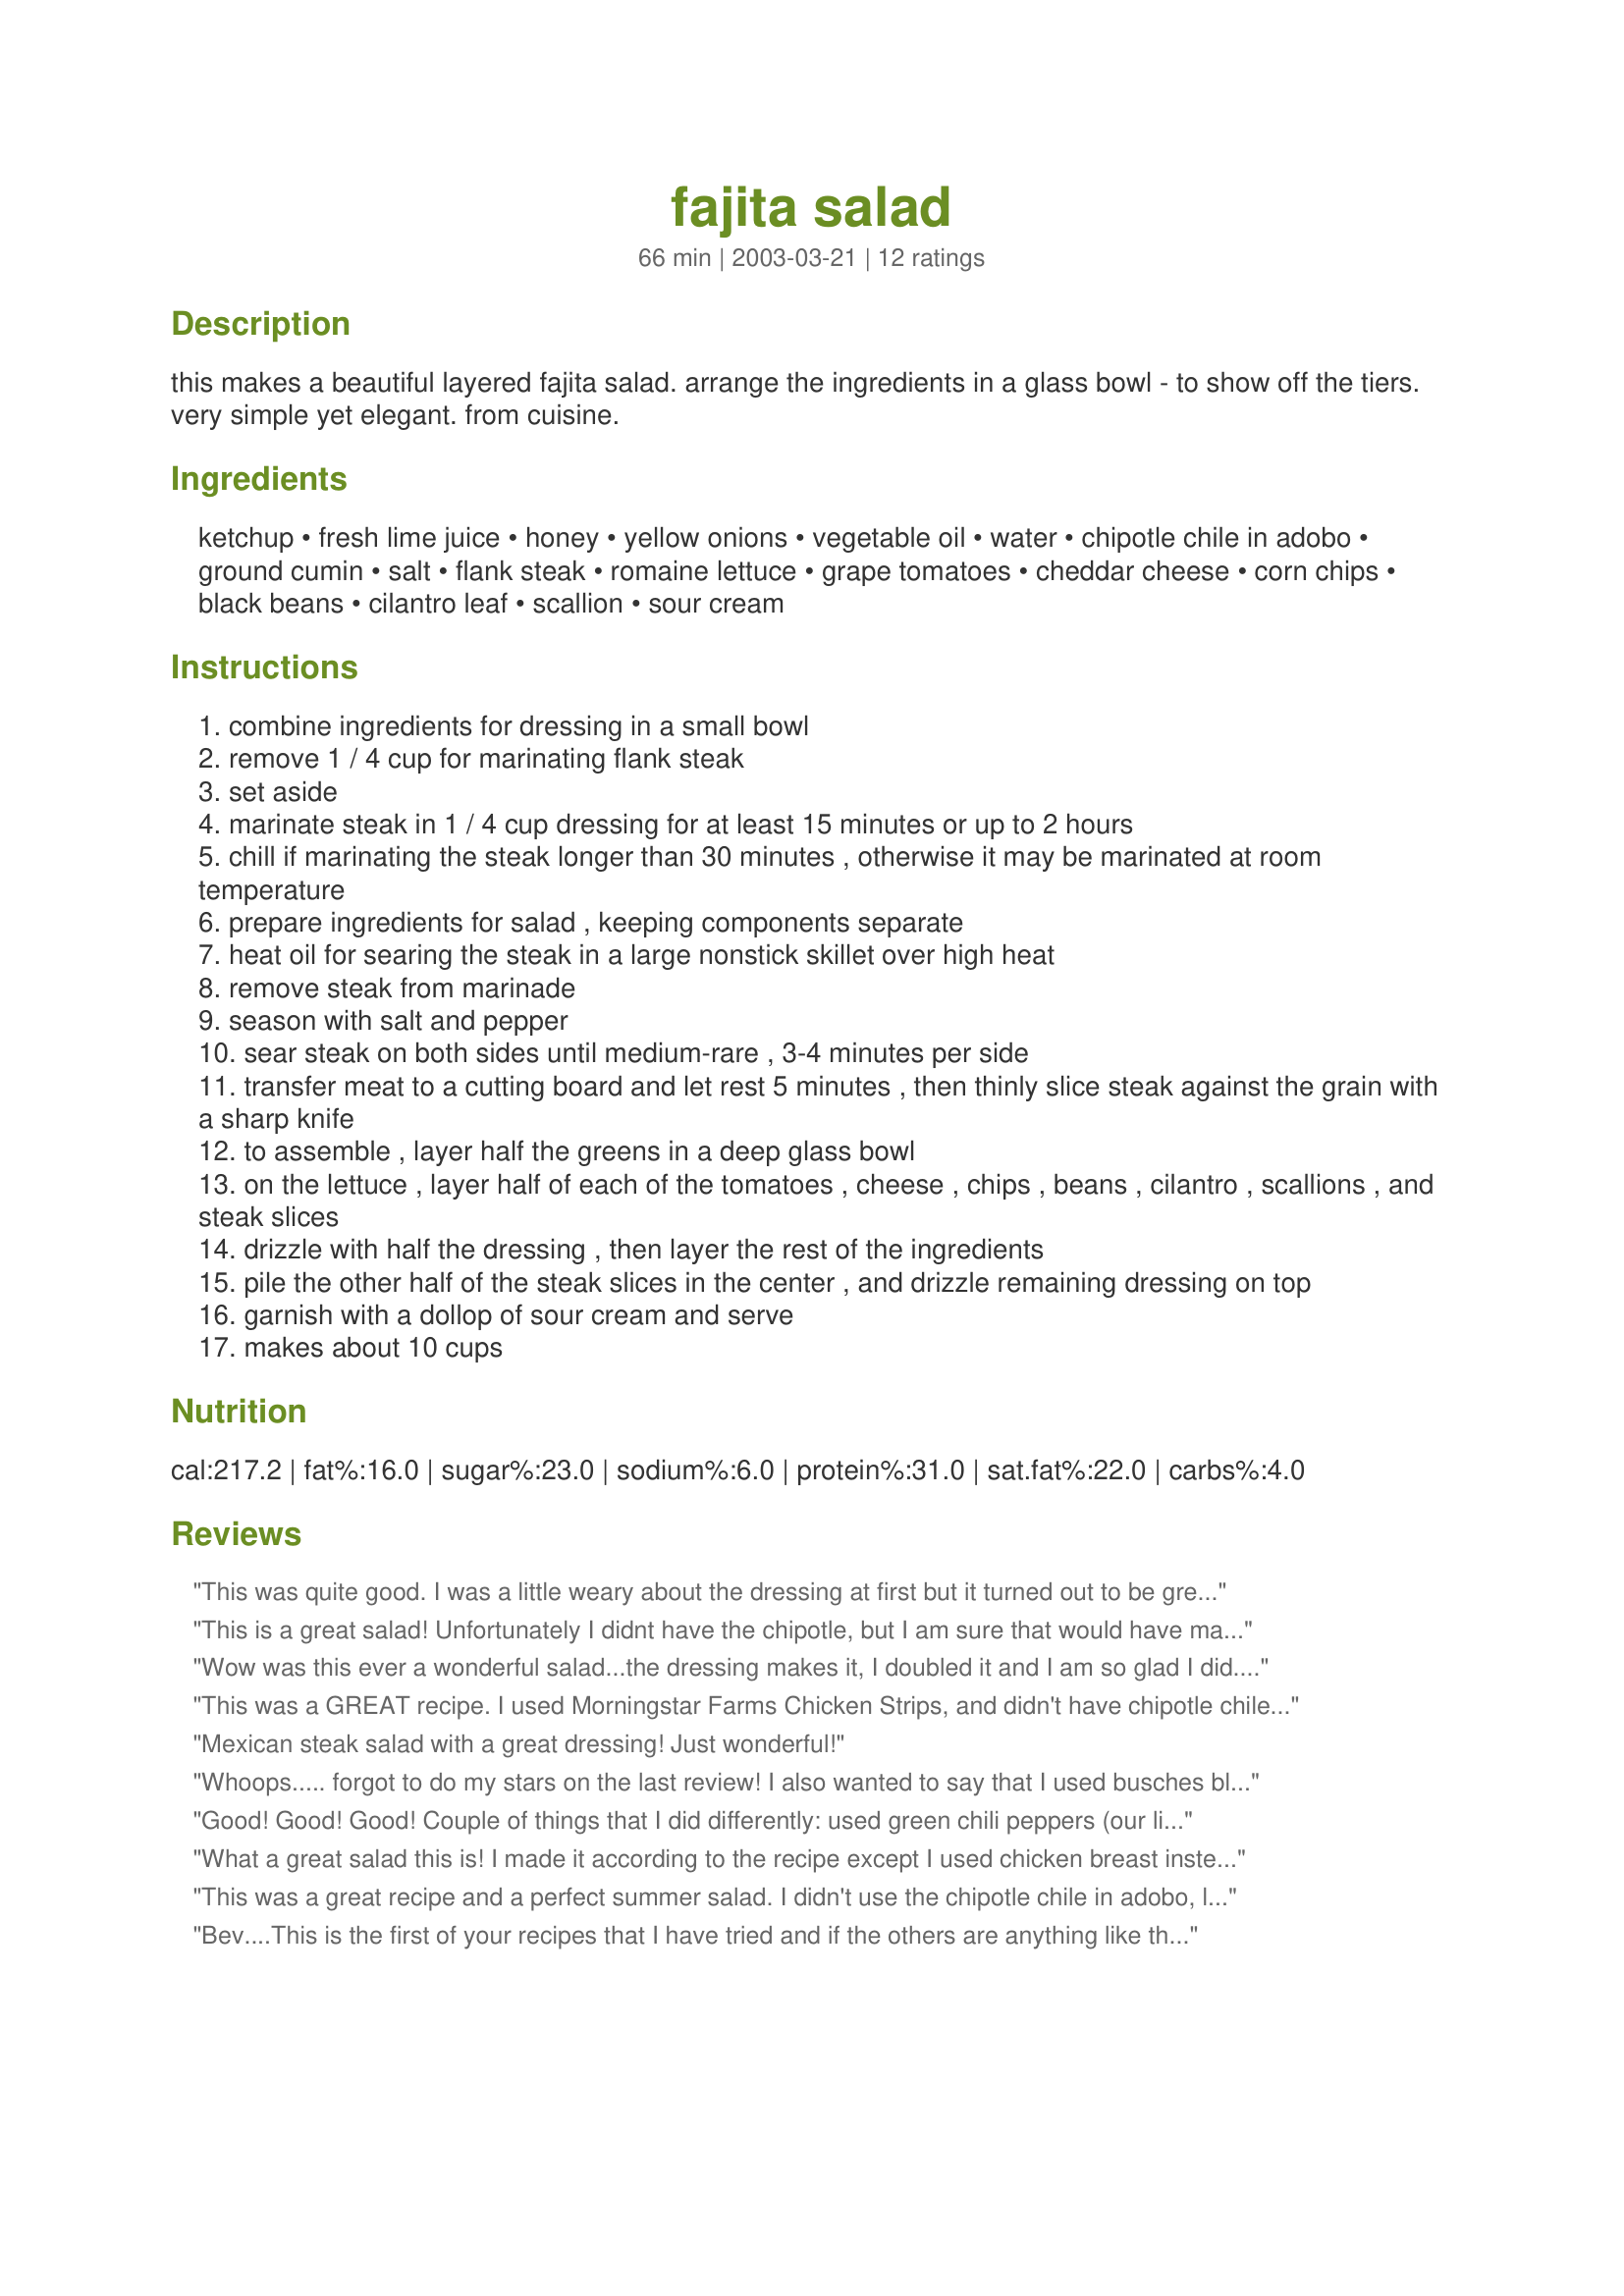
fajita salad
Preparation time: 66 minutes

this makes a beautiful layered fajita salad. arrange the ingredients in a glass bowl - to show off the tiers. very simple yet elegant. from cuisine.

Ingredients:
ketchup, fresh lime juice, honey, yellow onions, vegetable oil, water, chipotle chile in adobo, ground cumin, salt, flank steak, romaine lettuce, grape tomatoes, cheddar cheese, corn chips, black beans, cilantro leaf, scallion, sour cream

Steps:
combine ingredients for dressing in a small bowl
remove 1 / 4 cup for marinating flank steak
set aside
marinate steak in 1 / 4 cup dressing for at least 15 minutes or up to 2 hours
chill if marinating the steak longer than 30 minutes , otherwise it may be marinated at room temperature
prepare ingredients for salad , keeping components separate
heat oil for searing the steak in a large nonstick skillet over high heat
remove steak from marinade
season with salt and pepper
sear steak on both sides until medium-rare , 3-4 minutes per side
transfer meat to a cutting board and let rest 5 minutes , then thinly slice steak against the grain with a sharp knife
to assemble , layer half the greens in a deep glass bowl
on the lettuce , layer half of each of the tomatoes , cheese , chips , beans , cilantro , scallions , and steak slices
drizzle with half the dressing , then layer the rest of the ingredients
pile the other half of the steak slices in the center , and drizzle remaining dressing on top
garnish with a dollop of sour cream and serve
makes about 10 cups

Reviews:
This was quite good. I was a little weary about the dressing at first but it turned out to be great! I added avocado and corn to the salad. I will certainly make this salad again.
This is a great salad! Unfortunately I didnt have the chipotle, but I am sure that would have made it even more amazing. The dressing has great complex flavor, very good. I think it would be good with some chopped up avacado, maybe 1/2 can of corn. A big winner in our house!
Wow was this ever a wonderful salad...the dressing makes it, I doubled it and I am so glad I did. The only thing I changed is I used 1 tsp. diced up poblano pepper instead of chipotle and it still was out of this world....
This was a GREAT recipe. I used Morningstar Farms Chicken Strips, and didn't have chipotle chile so I used a chile mix I had from Penzey's, the Black and Red. It was EASY and fast, and my family loved it. We did add a teensy bit of garlic to the dressing, because we love garlic in everything.
Mexican steak salad with a great dressing! Just wonderful!
Whoops..... forgot to do my stars on the last review! I also wanted to say that I used busches black bean fiesta instead of regular black beans! I did drain most of the sauce that came with it though!
Good! Good! Good! Couple of things that I did differently: used green chili peppers (our little rural grocery doesn't carry such "exotic" things as chipotle chiles in adobo!!!), grape tomatoes aren't available yet, so I used a Roma, and diced it; used round steak instead of flank. Left out the black beans and served refried on the side, not cilantro lovers so left that out altogether. 

We have our own beehives and cattle, so we always enjoy food that capitalizes on our resources! 

We'll be making this one again--it really hit the spot---the lime-kick in the dressing really wakes up the tastebuds!

KEEPER!
What a great salad this is! I made it according to the recipe except I used chicken breast instead of steak and parsley instead of cilantro (personal preference). The dressing has such a great tangy flavor and all of the ingredients work so well together. Next time I think I will use more chipotle chilies in adobo (maybe 2 tsp.) because I love that taste. Thanks for posting this delicious recipe.
This was a great recipe and a perfect summer salad. I didn't use the chipotle chile in adobo, like other reviewers, but used chili powder instead. I also added a considerable amount of garlic to the dressing. I also didn't layer the salad and I used all the dressing to marinade the steak by accident, so I used an italian dressing instead. Delicious!!!
Bev....This is the first of your recipes that I have tried and if the others are anything like this one I cant wait to try them all....This was a wonderful tasty salad and it will be one that we will make over and over....Thanks for posting and on to your next one - Nanny Sharon
This was delicious. I did not have any chipoltle chiles so I added some chopped jalepenos. Even the small leftovers did not last the day. Thanks!
Wow -- this is an OUTSTANDING salad! Absolutely beautiful and bursting with flavor. I used Recipe #102598 for the chicken and just grilled it in a pan. I also shredded a small block of pepper jack cheese instead of the cheddar. I added one avocado. I was a little nervous about the dressing because it's not something I'm used to but it really made this recipe a star. This is a salad I would proudly serve to company -- going straight into my Zaar Stars, thank you so much for sharing, Bev! :)
